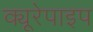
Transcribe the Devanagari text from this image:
क्यूरेपाइप